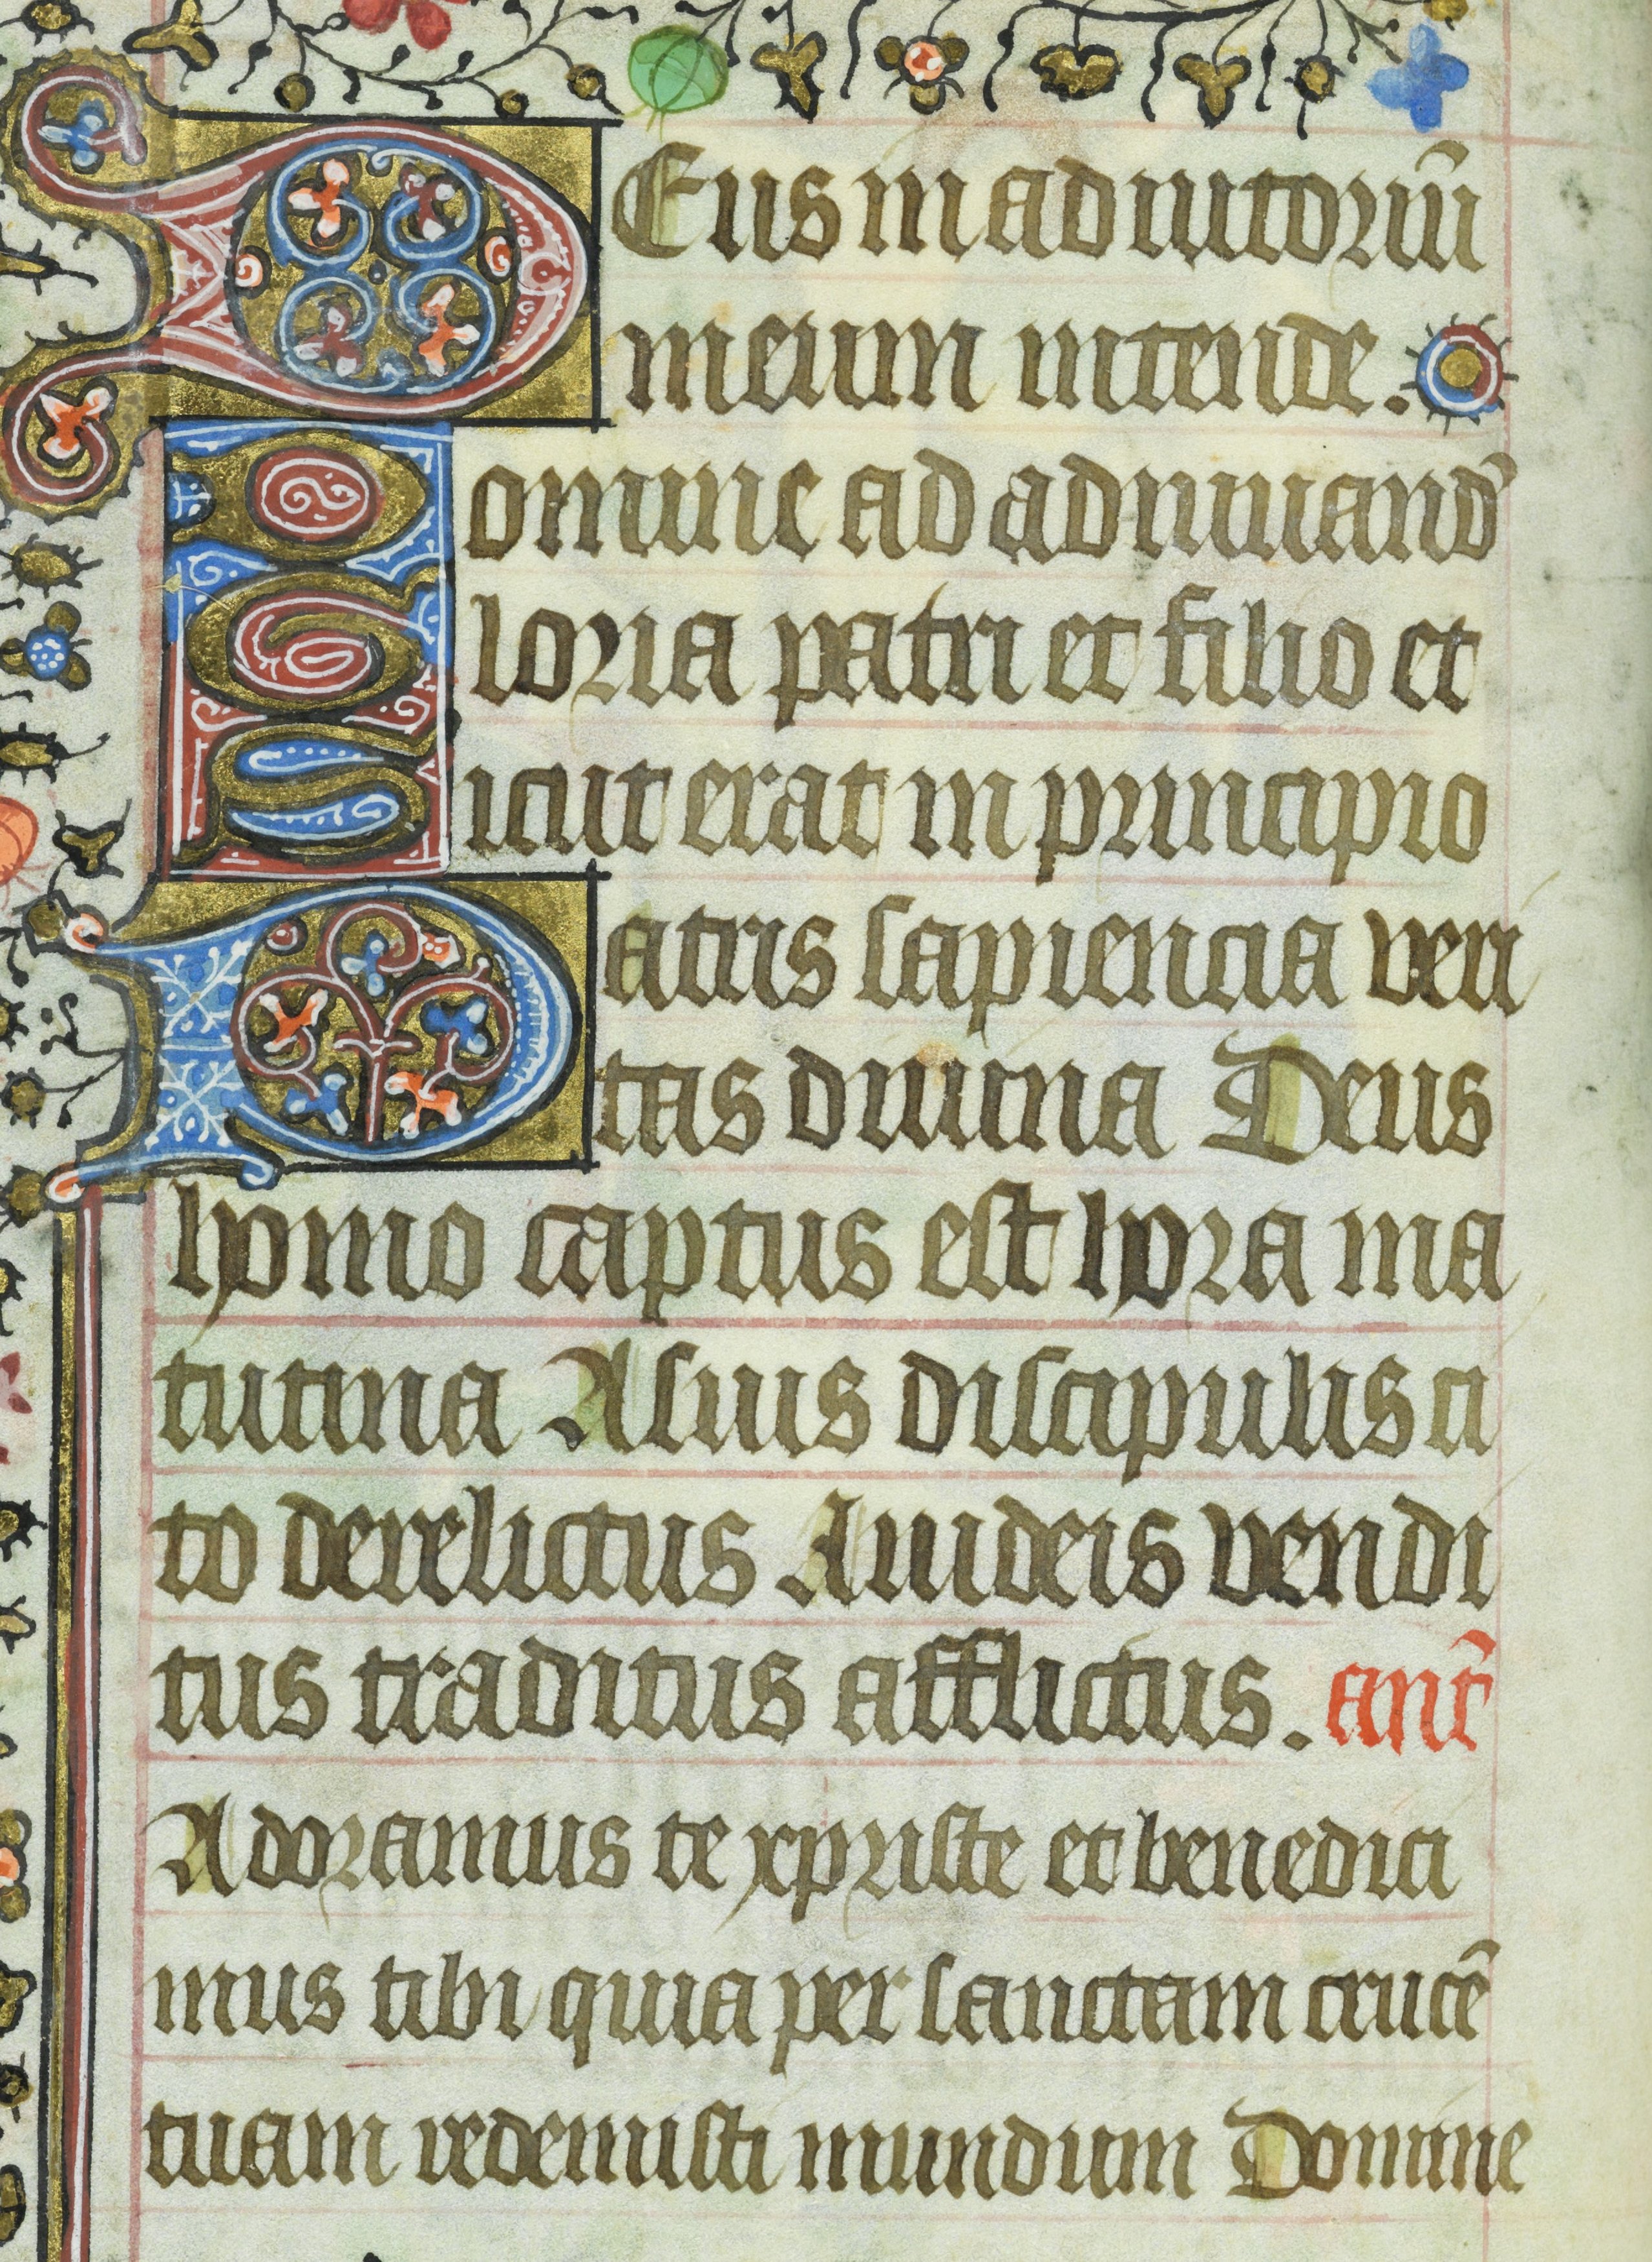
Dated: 1435–1465